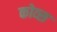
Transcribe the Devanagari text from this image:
कोव्स